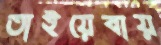
তাইয়েবায়